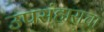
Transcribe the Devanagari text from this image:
उपसंहाराचा